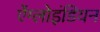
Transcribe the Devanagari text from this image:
ऐंग्लोइंडियन